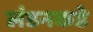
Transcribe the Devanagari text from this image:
लंडनकडे